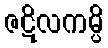
ဇဋိလကမ္ပိ